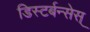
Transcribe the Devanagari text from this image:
डिस्टर्बन्सेस्